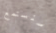
سنستمع